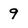
Character: 9